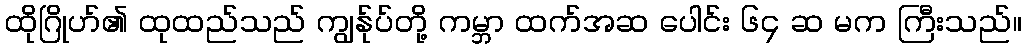
ထိုဂြိုဟ်၏ ထုထည်သည် ကျွန်ုပ်တို့ ကမ္ဘာ ထက်အဆ ပေါင်း ၆၄ ဆ မက ကြီးသည်။